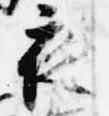
夜